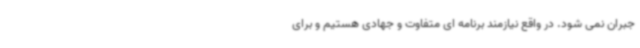
جبران نمی شود. در واقع نیازمند برنامه ای متفاوت و جهادی هستیم و برای